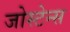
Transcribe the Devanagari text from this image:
जोस्टेन्स